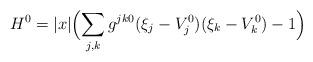
LaTeX: \begin{align*}H^0=|x|\Bigl( \sum_{j,k} g^{jk0}(\xi _j-V^0_j)(\xi _k-V^0_k)-1\Bigr)\end{align*}